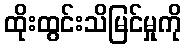
ထိုးထွင်းသိမြင်မှုကို